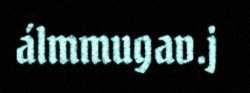
álmmugav.j